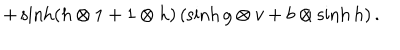
LaTeX: + \sinh ( h \otimes 1 + 1 \otimes h ) \, ( \sinh g \otimes v + b \otimes \sinh h ) \, .